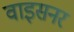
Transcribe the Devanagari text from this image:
वाइसनर